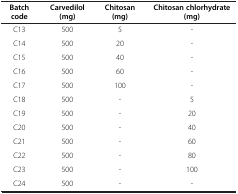
| Batch code | Carvedilol (mg) | Chitosan (mg) | Chitosan chlorhydrate (mg) |
 | --- | --- | --- | --- |
 | C13 | 500 | 5 | - |
 | C14 | 500 | 20 | - |
 | C15 | 500 | 40 | - |
 | C16 | 500 | 60 | - |
 | C17 | 500 | 100 | - |
 | C18 | 500 | - | 5 |
 | C19 | 500 | - | 20 |
 | C20 | 500 | - | 40 |
 | C21 | 500 | - | 60 |
 | C22 | 500 | - | 80 |
 | C23 | 500 | - | 100 |
 | C24 | 500 | - | - |